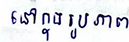
នៅក្នុងរូបភាព